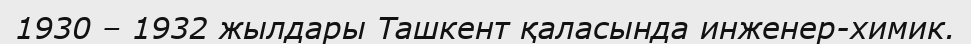
1930 – 1932 жылдары Ташкент қаласында инженер-химик.